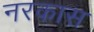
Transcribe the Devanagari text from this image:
नरकास